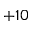
+ 1 0